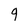
Character: 9